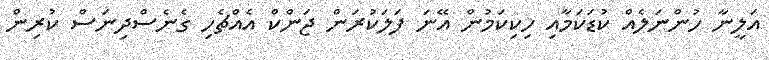
އަލީނާ ހުންނަލެއް ކުޑަކަމާއި ހިކިކަމުން އޭނަ ފަލަކުރަން ޖަންކް އެއްޗެހި ގެނެސްދިނަސް ކުރިން